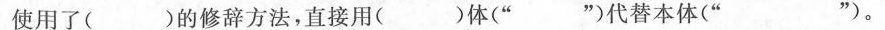
使用了( )的修辞方法，直接用( )体(” ”)代替本体(” ”)。